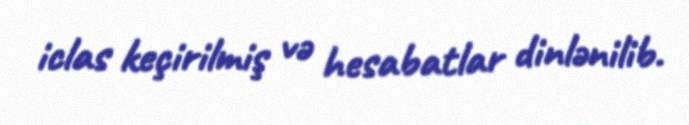
iclas keçirilmiş və hesabatlar dinlənilib.